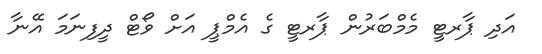
އަދި ޕާރޓީ މެމްބަރުން ޕާރޓީ ގެ އެމްޕީ އަށް ވޯޓް ދީފިނަމަ އޭނާ